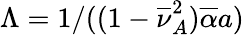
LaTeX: \Lambda=1/((1-\overline{{\nu}}_{A}^{2})\overline{{\alpha}}a)